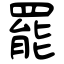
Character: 罷